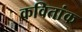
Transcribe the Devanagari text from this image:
कवितांक